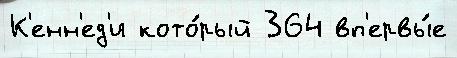
К'енн'ед'и кото́рый 364 вп'ервы́е